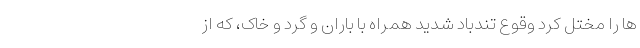
ها را مختل کرد وقوع تندباد شدید همراه با باران و گرد و خاک، که از